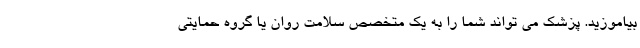
بیاموزید. پزشک می تواند شما را به یک متخصص سلامت روان یا گروه حمایتی